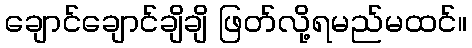
ချောင်ချောင်ချိချိ ဖြတ်လို့ရမည်မထင်။